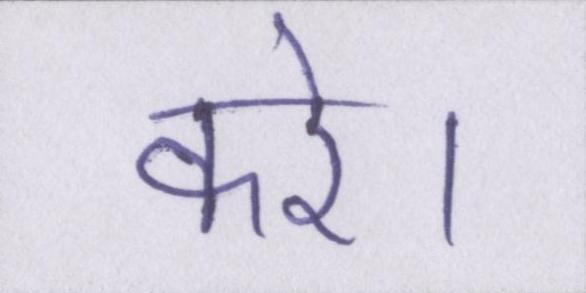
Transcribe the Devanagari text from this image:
करे।